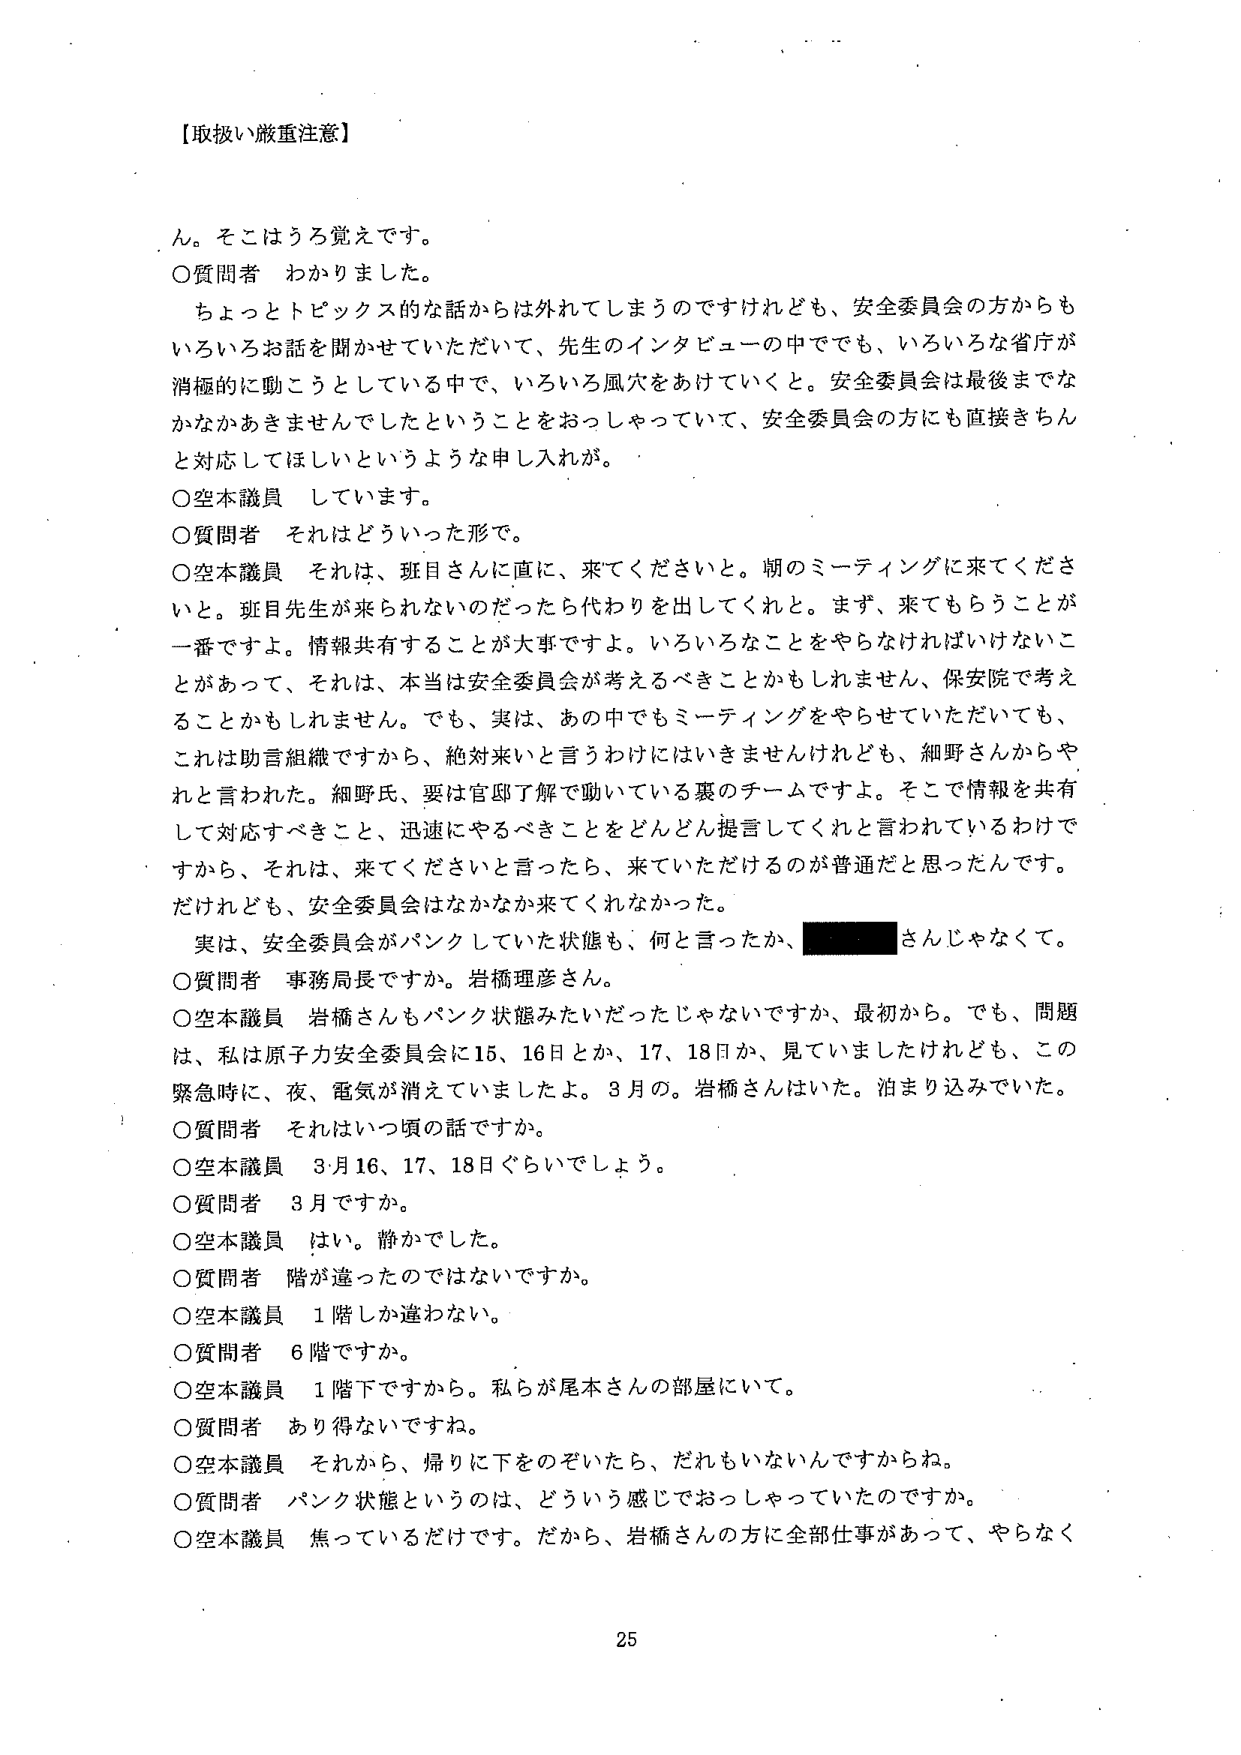
【取扱い厳重注意】

ん。そこはうろ覚えです。
○質問者 わかりました。
　ちょっとトピックス的な話からは外れてしまうのですけれども、安全委員会の方からも
いろいろお話をお聞かせいただいて、先生のインタビューの中でも、いろいろな省庁が
消極的に動こうとしている中で、いろいろ風穴をあけていくと。安全委員会は最後までな
かなかあきませんでしたということをおっしゃっていて、安全委員会の方にも直接きちんと
対応してほしいというような申し入れが。
○空本議員 しています。
○質問者 それはどういった形で。
○空本議員 それは、班目さんに直に、来てくださいと。朝のミーティングに来てくださ
いと。班目先生が来られないのだったら代わりを出してくれと。まず、来てもらうことが
一番ですよ。情報共有することが大事ですよ。いろいろなことをやらなければいけないこ
とがあって、それは、本当は安全委員会が考えるべきことかもしれません、保安院で考え
ることかもしれません。でも、実は、あの中でもミーティングをやらせていただいても、
これは助言組織ですから、絶対来いと言うわけにはいきませんけれども、細野さんからや
れと言われた。細野氏、要は官邸了解で動いている裏のチームですよ。そこで情報を共有
して対応すべきこと、迅速にやるべきことをどんどん提言してくれと言われているわけで
すから、それは、来てくださいと言ったら、来ていただけるのが普通だと思ったんです。
だけれども、安全委員会はなかなか来てくれなかった。
　実は、安全委員会がパンクしていた状態も、何と言ったか、■■■■■さんじゃなくて。
○質問者 事務局長ですか。岩橋理彦さん。
○空本議員 岩橋さんもパンク状態みたいだったじゃないですか、最初から。でも、問題
は、私は原子力安全委員会に15、16日とか、17、18日か、見ていましたけれども、この
緊急時に、夜、電気が消えていましたよ。3月の。岩橋さんはた。泊まり込みでした。
○質問者 それはいつ頃の話ですか。
○空本議員 3月16、17、18日ぐらいでしょう。
○質問者 3月ですか。
○空本議員 はい。静かでした。
○質問者 階が違ったのではないですか。
○空本議員 1階しか違わない。
○質問者 6階ですか。
○空本議員 1階下ですから。私らが尾本さんの部屋にいて。
○質問者 あり得ないですね。
○空本議員 それから、帰りに下をのぞいたら、だれもいないんですからね。
○質問者 パンク状態というのは、どういう感じでおっしゃっていたのですか。
○空本議員 焦っているだけです。だから、岩橋さんの方に全部仕事があって、やらなく

25